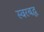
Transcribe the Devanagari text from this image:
स्‍वरबद्ध